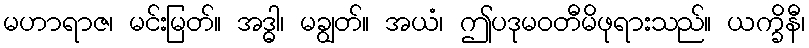
မဟာရာဇ၊ မင်းမြတ်။ အဒ္ဓါ၊ မချွတ်။ အယံ၊ ဤပဒုမဝတီမိဖုရားသည်။ ယက္ခိနီ၊